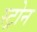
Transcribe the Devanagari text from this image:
स्ट्रोन